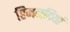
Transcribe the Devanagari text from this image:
हिमनदियां